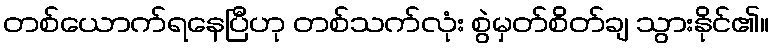
တစ်ယောက်ရနေပြီဟု တစ်သက်လုံး စွဲမှတ်စိတ်ချ သွားနိုင်၏။